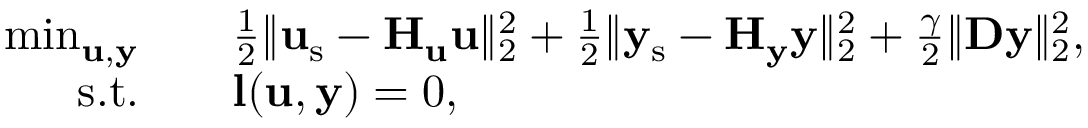
\begin{array} { r l } { \operatorname* { m i n } _ { \mathbf { u } , \mathbf { y } } \quad } & { \frac { 1 } { 2 } \| \mathbf { u } _ { \mathrm { s } } - \mathbf { H } _ { \mathbf { u } } \mathbf { u } \| _ { 2 } ^ { 2 } + \frac { 1 } { 2 } \| \mathbf { y } _ { \mathrm { s } } - \mathbf { H } _ { \mathbf { y } } \mathbf { y } \| _ { 2 } ^ { 2 } + \frac { \gamma } { 2 } \| \mathbf { D } \mathbf { y } \| _ { 2 } ^ { 2 } , } \\ { \mathrm { s . t . } \quad } & { \mathbf { l } ( \mathbf { u } , \mathbf { y } ) = 0 , } \end{array}